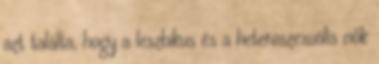
azt találta, hogy a leszbikus és a heteroszexuális nők